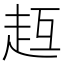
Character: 𧺳